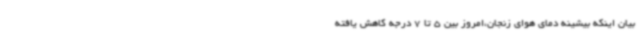
بیان اینکه بیشینه دمای هوای زنجان،امروز بین 5 تا 7 درجه کاهش یافته